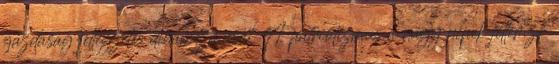
gazdaság jellegzetes dinamizmusát. A patriotizmus a nagy népek jellemző